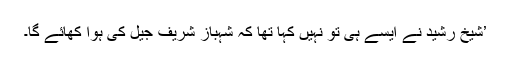
’شیخ رشید نے ایسے ہی تو نہیں کہا تھا کہ شہباز شریف جیل کی ہوا کھائے گا۔